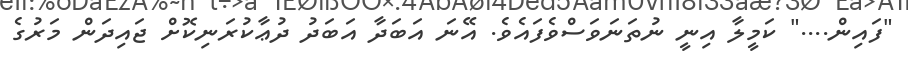
"ފައިން...." ކަމީލާ އިނީ ނުތަނަވަސްވެފައެވެ. އޭނަ އަބަދާ އަބަދު ދުޢާކުރަނިކޮށް ޖައިދަން މަރުގެ